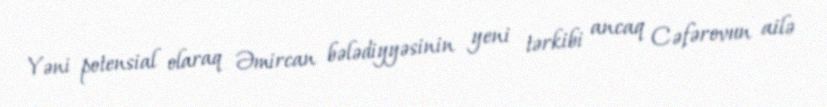
Yəni potensial olaraq Əmircan bələdiyyəsinin yeni tərkibi ancaq Cəfərovun ailə